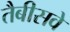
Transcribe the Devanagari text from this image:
तैबीसवे